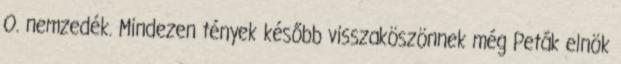
O. nemzedék. Mindezen tények később visszaköszönnek még Peták elnök